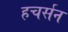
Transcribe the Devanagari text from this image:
हचर्सन